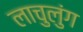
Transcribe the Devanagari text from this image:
लाचुलुंग